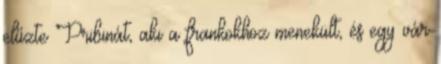
elűzte Pribinát, aki a frankokhoz menekült, és egy vár